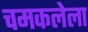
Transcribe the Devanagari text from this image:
चमकलेला